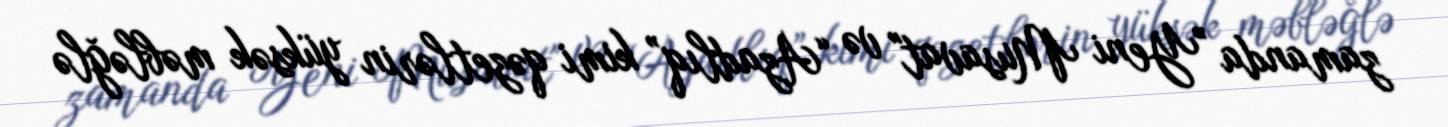
zamanda ”Yeni Musavat" və “Azadlıq” kimi qəzetlərin yüksək məbləğlə